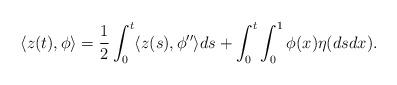
LaTeX: \begin{align*}\langle z(t), \phi \rangle = \frac12 \int_0^t \langle z(s), \phi'' \rangle ds +\int_0^t\int_0^1 \phi(x)\eta(dsdx).\end{align*}